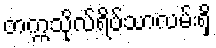
တက္ကသိုလ်ရိပ်သာလမ်းရှိ